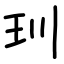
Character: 玔